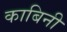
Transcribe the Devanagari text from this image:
काबिनी